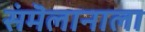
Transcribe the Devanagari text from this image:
संमॆलानाला